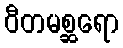
ဝီတမစ္ဆရော